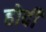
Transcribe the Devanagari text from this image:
होर्दी